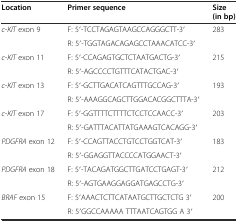
<table><thead><tr><td><b>Location</b></td><td><b>Primer sequence</b></td><td><b>Size (in bp)</b></td></tr></thead><tbody><tr><td rowspan="2"><i>c-KIT</i> exon 9</td><td>F: 5′-TCCTAGAGTAAGCCAGGGCTT-3′</td><td rowspan="2">283</td></tr><tr><td>R: 5′-TGGTAGACAGAGCCTAAACATCC-3′</td></tr><tr><td rowspan="2"><i>c-KIT</i> exon 11</td><td>F: 5′-CCAGAGTGCTCTAATGACTG-3′</td><td rowspan="2">215</td></tr><tr><td>R: 5′-AGCCCCTGTTTCATACTGAC-3′</td></tr><tr><td rowspan="2"><i>c-KIT</i> exon 13</td><td>F: 5′-GCTTGACATCAGTTTGCCAG-3′</td><td rowspan="2">193</td></tr><tr><td>R: 5′-AAAGGCAGCTTGGACACGGCTTTA-3′</td></tr><tr><td rowspan="2"><i>c-KIT</i> exon 17</td><td>F: 5′-GGTTTTCTTTTCTCCTCCAACC-3′</td><td rowspan="2">203</td></tr><tr><td>R: 5′-GATTTACATTATGAAAGTCACAGG-3′</td></tr><tr><td rowspan="2"><i>PDGFRA</i> exon 12</td><td>F: 5′-CCAGTTACCTGTCCTGGTCAT-3′</td><td rowspan="2">183</td></tr><tr><td>R: 5′-GGAGGTTACCCCATGGAACT-3′</td></tr><tr><td rowspan="2"><i>PDGFRA</i> exon 18</td><td>F: 5′-TACAGATGGCTTGATCCTGAGT-3′</td><td rowspan="2">212</td></tr><tr><td>R: 5′-AGTGAAGGAGGATGAGCCTG-3′</td></tr><tr><td rowspan="2"><i>BRAF</i> exon 15</td><td>F: 5′AAACTCTTCATAATGCTTGCTCTG 3′</td><td rowspan="2">200</td></tr><tr><td>R: 5′GGCCAAAAA TTTAATCAGTGG A 3′</td></tr></tbody></table>